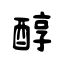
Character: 醇